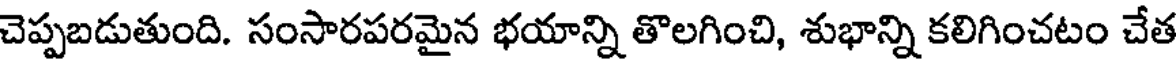
చెప్పబడుతుంది. సంసారపరమైన భయాన్ని తొలగించి, శుభాన్ని కలిగించటం చేత